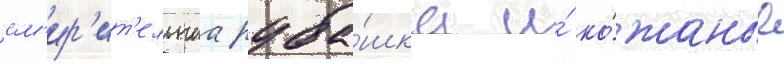
см'ир'ит'ельнаа руба́шка и́ ко́жаные